Loodushoiu_ja_Turismi_Instituut, lk 3
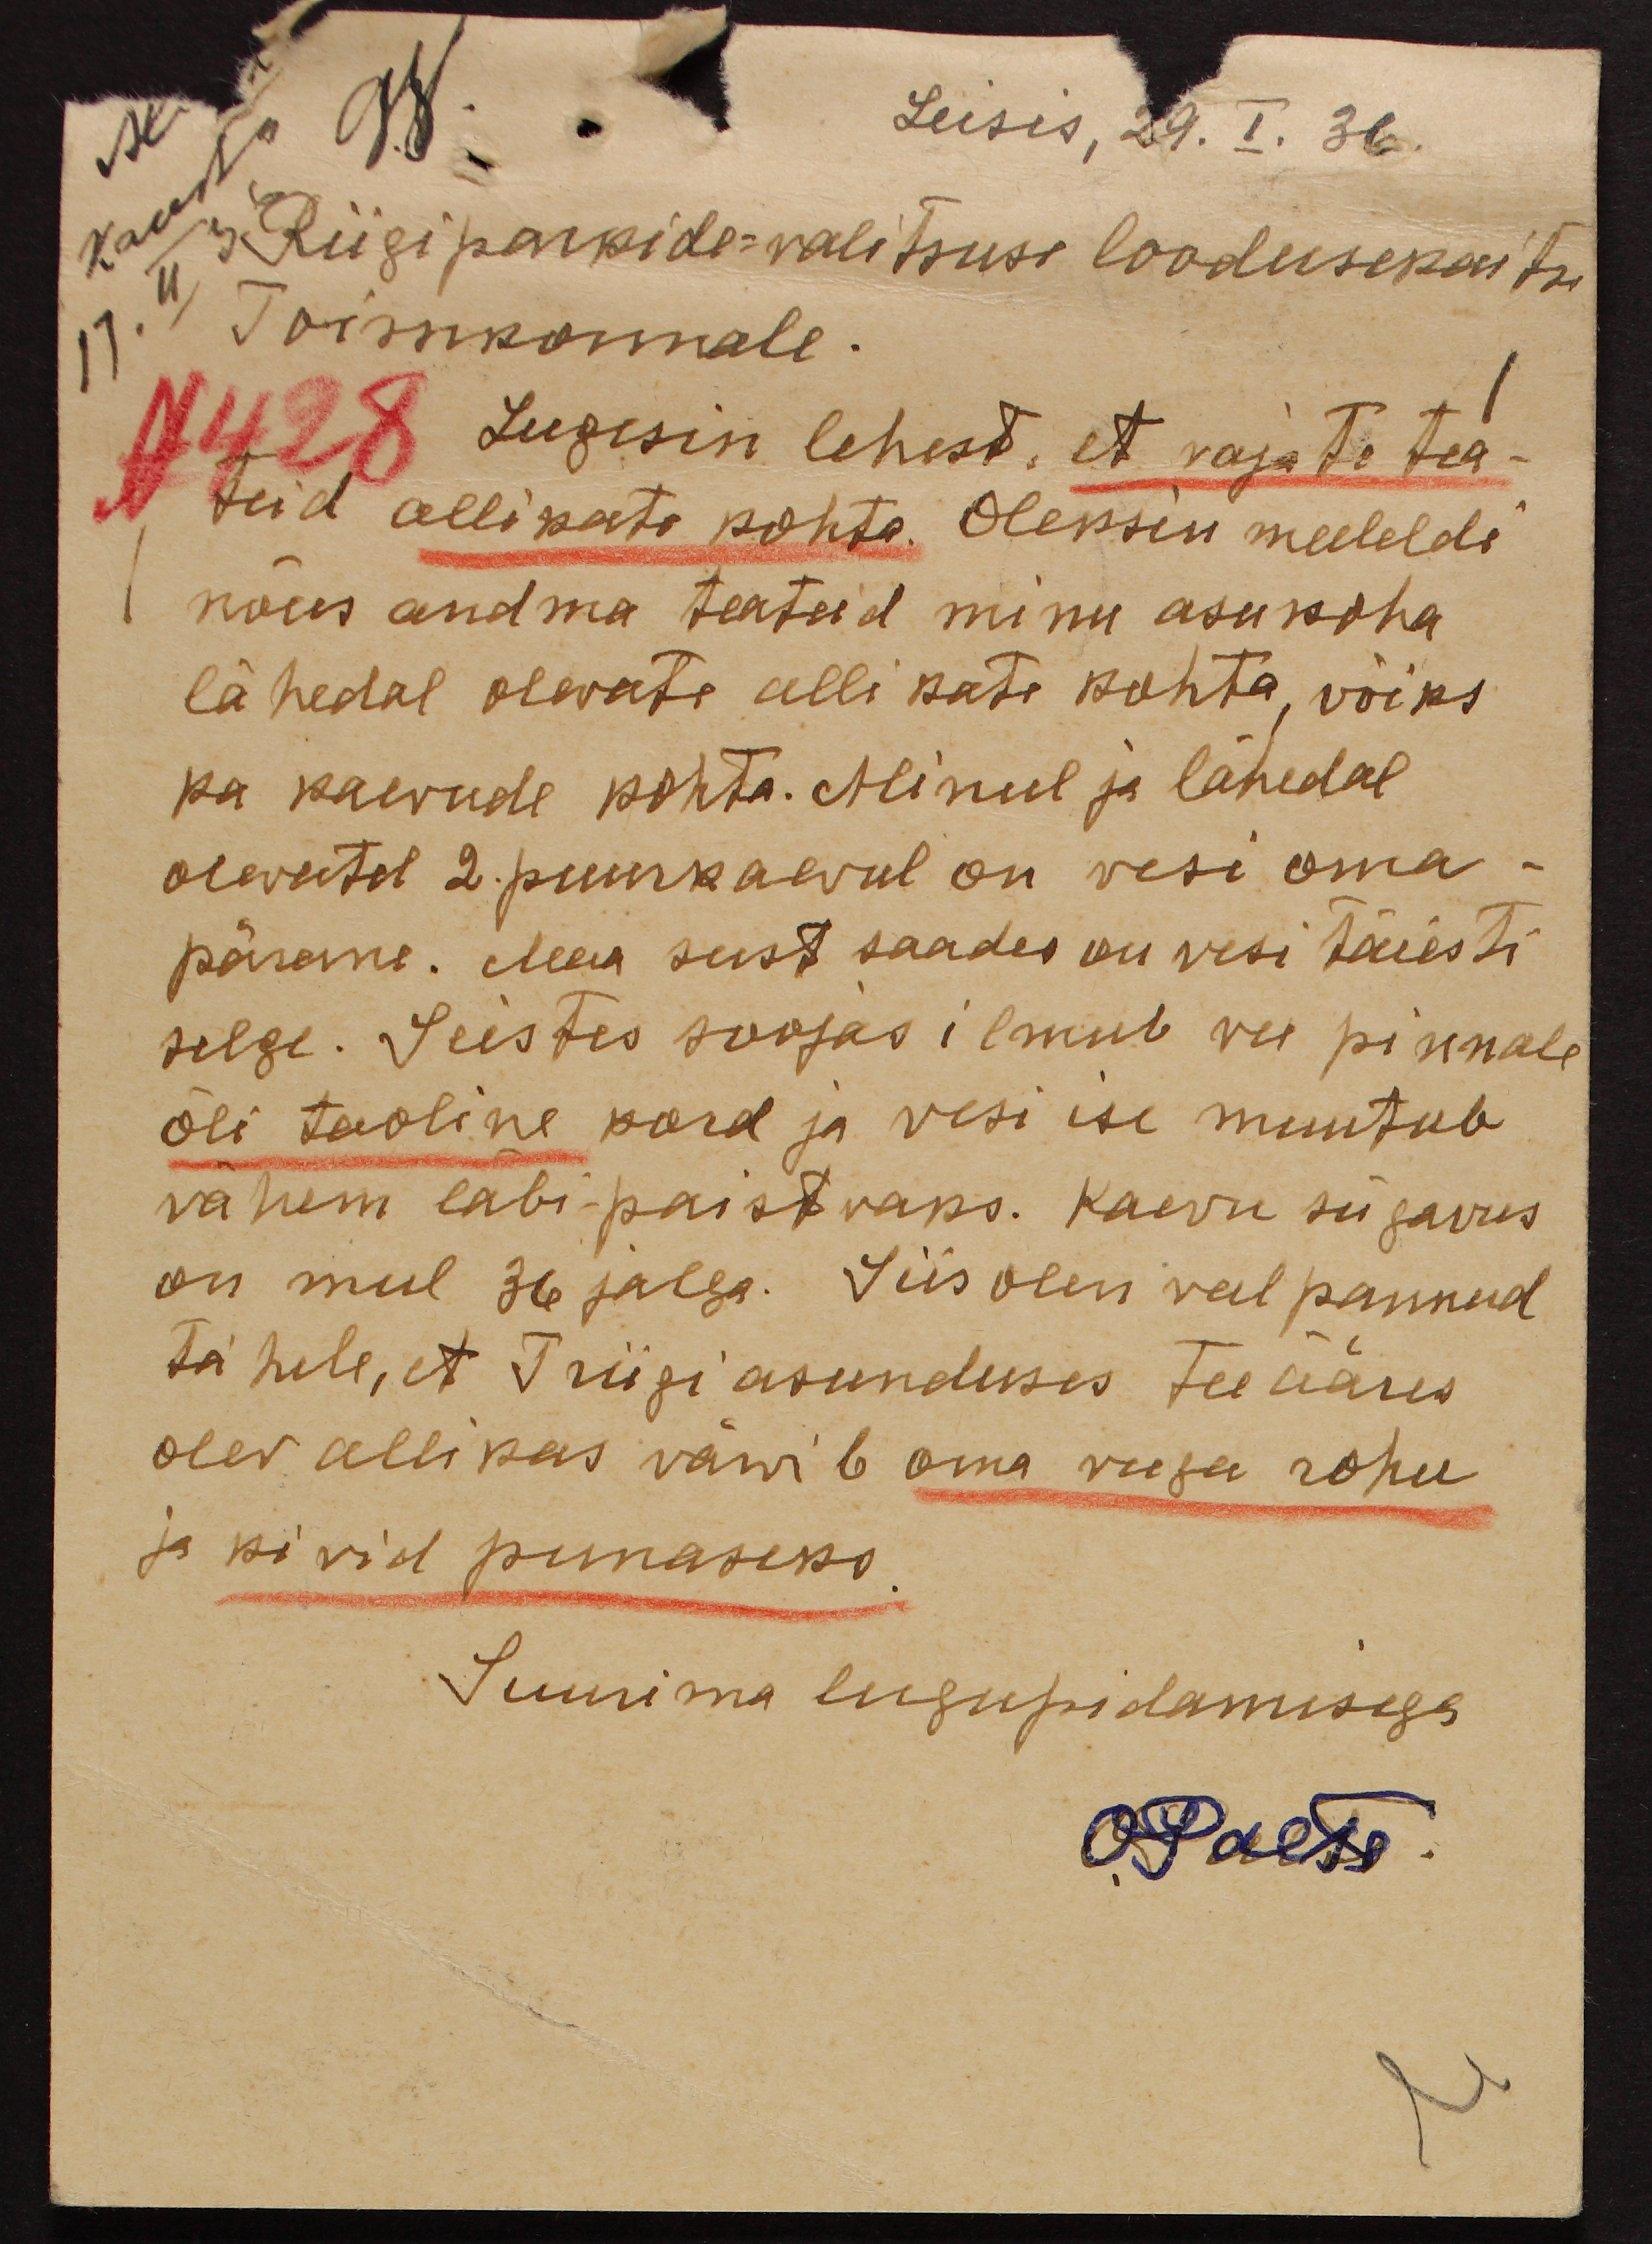
Leisis, 29. I. 36.
Riigiparkide-valitsuse loodusekaitse
Toimkonnale.
N 428 Lugesin lehest, et vajate tea-
teid allikata kohta. Oleksin meeleldi
nõus andma teateid minu asukoha
lähedal olevate allikate kohta, võiks
ka kaevude kohta. Minul ja lähedal
olevatel 2. puurkaeval on vesi oma-
pärane. Maa seest saades on vesi täiesti
selge. Seistes soojas ilmub vee pinnale
õli taoline kord ja vesi ise muutub
vähem läbi-paistvaks. Kaevu sügavus
on mul 36 jalga. Siis olen veel pannud
tähele, et Triigi asunduses tee ääres
olev allikas värvib oma veega rohu
ja kivid punaseks
Suurima lugupidamisega
OPaese